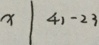
x \vert 4 1 - 2 3